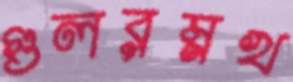
গুলরম্নখ